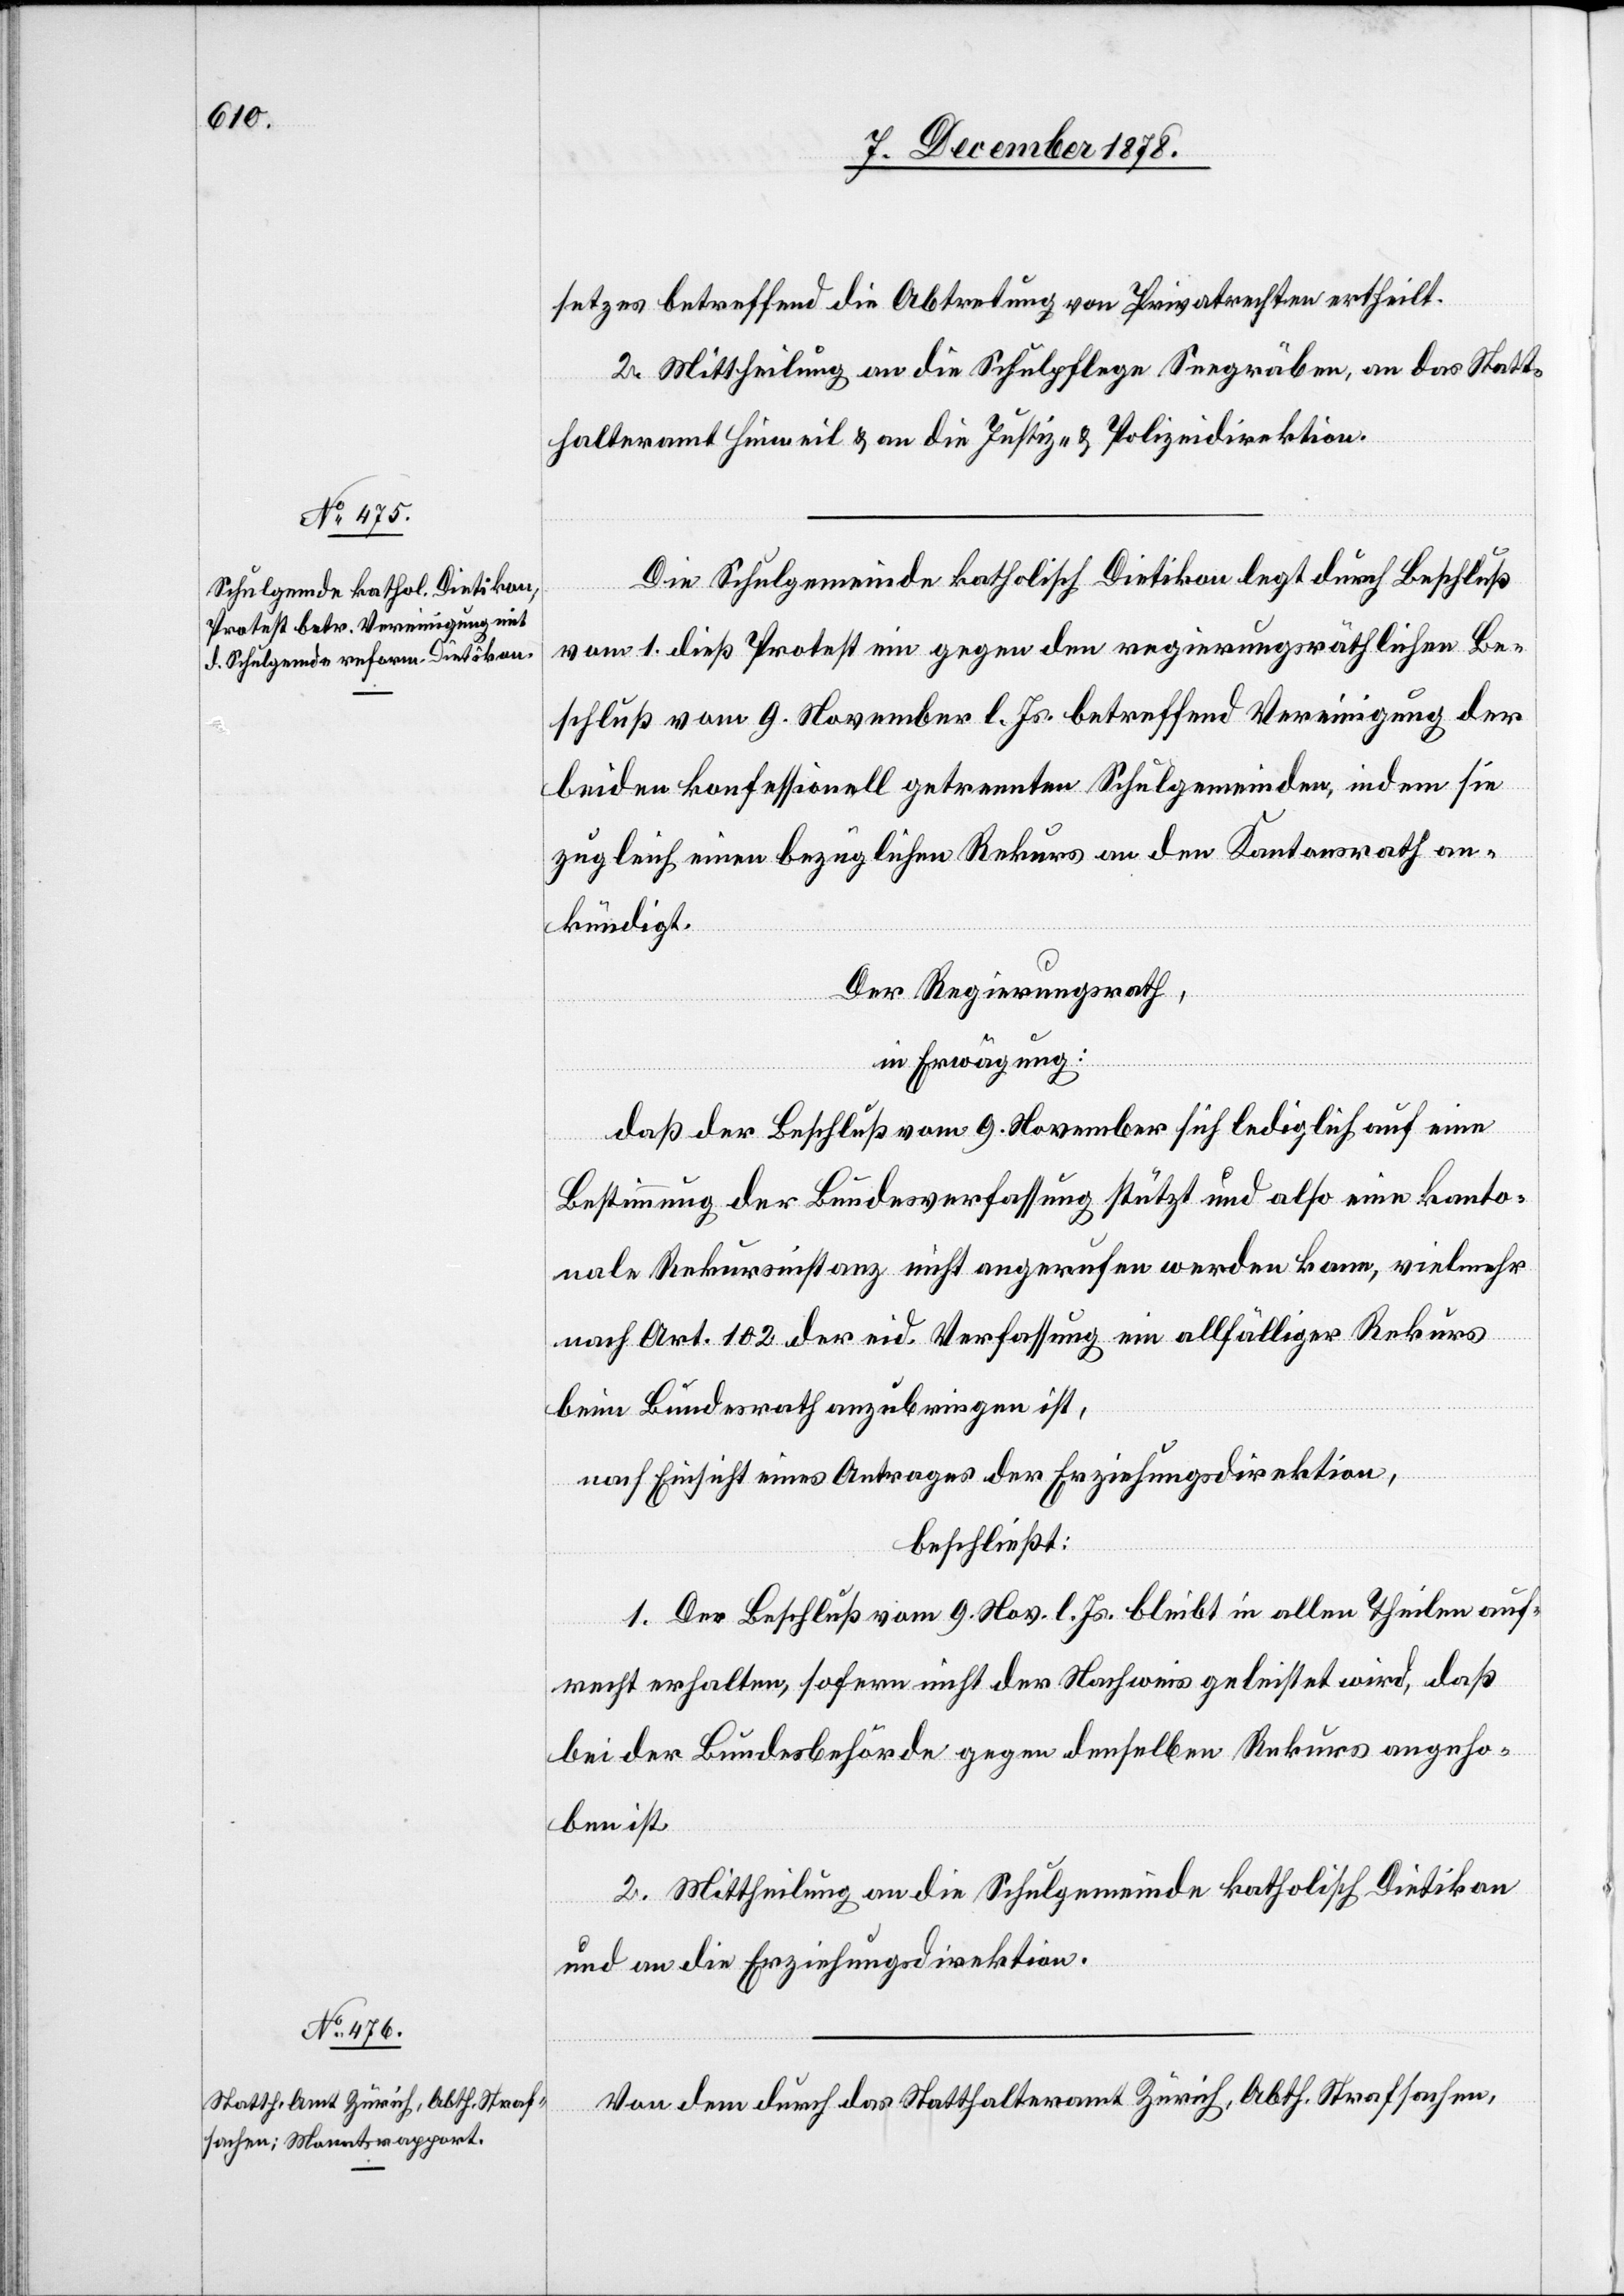
setzes betreffend die Abtretung von Privatrechten ertheilt.
2. Mittheilung an die Schulpflege Seegräben, an das Statt¬
halteramt Hinweil & an die Justiz- & Polizeidirektion.
Die Schulgemeinde katholisch Dietikon legt durch Beschluß
vom 1. dieß Protest ein gegen den regierungsräthlichen Be¬
schluß vom 9. November l. Js. betreffend Vereinigung der
beiden konfessionell getrennten Schulgemeinden, indem sie
zugleich einen bezüglichen Rekurs an den Kantonsrath an¬
kündigt.
Der Regierungsrath,
in Erwägung:
daß der Beschluß vom 9. November sich lediglich auf eine
Bestimmung der Bundesverfassung stützt und also eine kanto¬
nale Rekursinstanz nicht angerufen werden kann, vielmehr
nach Art. 102 der eid. Verfassung ein allfälliger Rekurs
beim Bundesrath anzubringen ist,
nach Einsicht eines Antrages der Erziehungsdirektion,
beschließt:
1. Der Beschluß vom 9. Nov. l. Js. bleibt in allen Theilen auf¬
recht erhalten, sofern nicht der Nachweis geleistet wird, daß
bei der Bundesbehörde gegen denselben Rekurs angeho¬
ben ist.
2. Mittheilung an die Schulgemeinde katholisch Dietikon
und an die Erziehungsdirektion.
Von dem durch das Statthalteramt Zürich, Abth. Strafsachen,